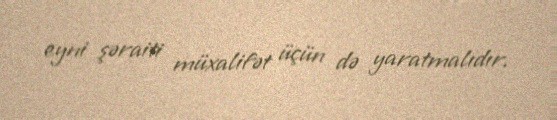
eyni şəraiti müxalifət üçün də yaratmalıdır.